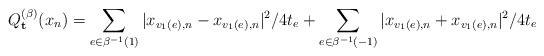
LaTeX: \begin{align*} Q^{(\beta)}_{\mathbf{t}}(x_n) = \sum_{e \in \beta^{-1}(1)}|x_{v_1(e), n} - x_{v_1(e), n}|^2/4t_e + \sum_{e \in \beta^{-1}(-1)}|x_{v_1(e), n} + x_{v_1(e), n}|^2/4t_e\end{align*}